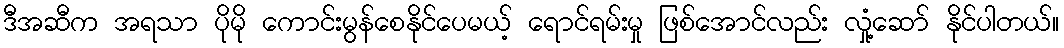
ဒီအဆီက အရသာ ပိုမို ကောင်းမွန်စေနိုင်ပေမယ့် ရောင်ရမ်းမှု ဖြစ်အောင်လည်း လှုံ့ဆော် နိုင်ပါတယ်။